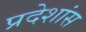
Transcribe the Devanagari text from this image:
प्रदेशांस